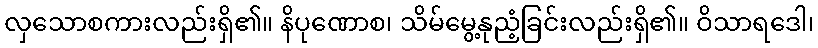
လှသောစကားလည်းရှိ၏။ နိပုဏောစ၊ သိမ်မွေ့နုညံ့ခြင်းလည်းရှိ၏။ ဝိသာရဒေါ၊